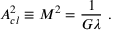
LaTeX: A _ { c l } ^ { 2 } \equiv M ^ { 2 } = \frac { 1 } { G \lambda } \ .